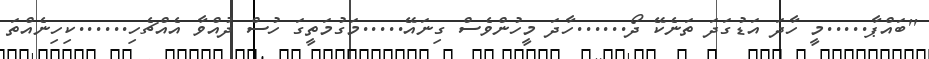
''ބައްޕާ.....މީ ހާދަ އަޑުގަދަ ތަނެކޭ ދޯ......ހާދަ މީހުންވެސް ގިނައޭ.....މަގުމަތީގަ ހުސް ދުއްވާ އެއްޗެހި......ކިހިނެއްތަ